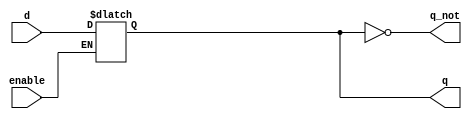
module dlatch(d,enable,q,q_not);

input d, enable;
output reg q;
output q_not;

always @(d or enable) begin              
        if (enable) begin
            q <= d;
        end
end

assign q_not = ~q;
    
endmodule